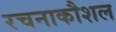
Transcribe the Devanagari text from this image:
रचनाकौशल